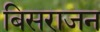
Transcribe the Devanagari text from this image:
बिसराजन